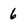
Character: 6